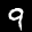
Label: 9